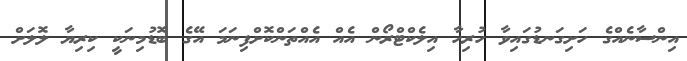
އިންސާނެއްގެ ހަށިގަނޑުގައިވާ ހުރިހާ އިލެކްޓްރޯން އެއް އެއްތަންކޮށްފިނަމަ އޭގެ ބޮޑުމިނަކީ ކިރިޔާ ލޮލަށް